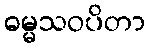
ဓမ္မသဝပိတာ